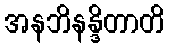
အနဘိနန္ဒိတာတိ